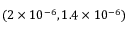
( 2 \times 1 0 ^ { - 6 } , 1 . 4 \times 1 0 ^ { - 6 } )